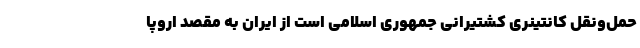
حمل‌ونقل کانتینری کشتیرانی جمهوری اسلامی است از ایران به مقصد اروپا‌